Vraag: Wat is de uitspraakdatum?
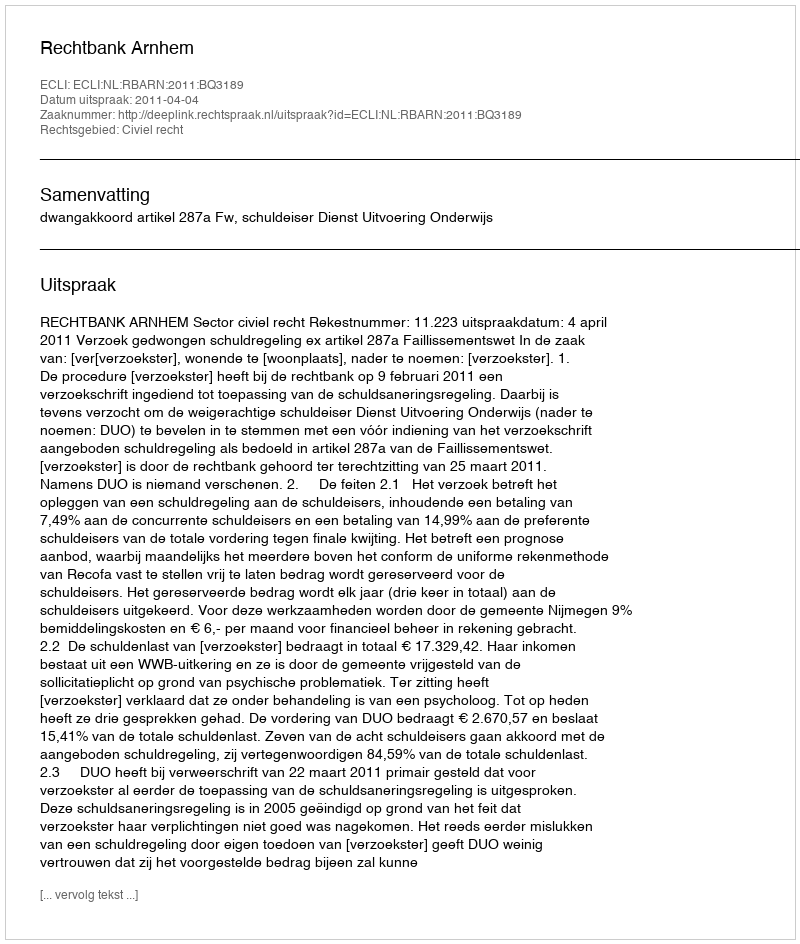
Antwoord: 2011-04-04